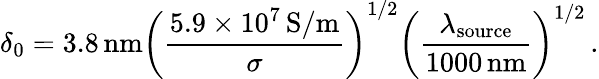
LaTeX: \delta_{0}=3.8\, \mathrm{nm}\left(\frac{5.9\times 10^{7}\, \mathrm{S/m}}{\sigma}\right)^{1/2}\left(\frac{\lambda_{\mathrm{source}}}{1000\, \mathrm{nm}}\right)^{1/2}\, .